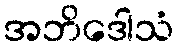
အဘိဒေါသံ